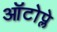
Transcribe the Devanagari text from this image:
ऑटोप्ले